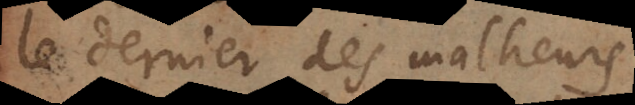
le dernier des malheurs.